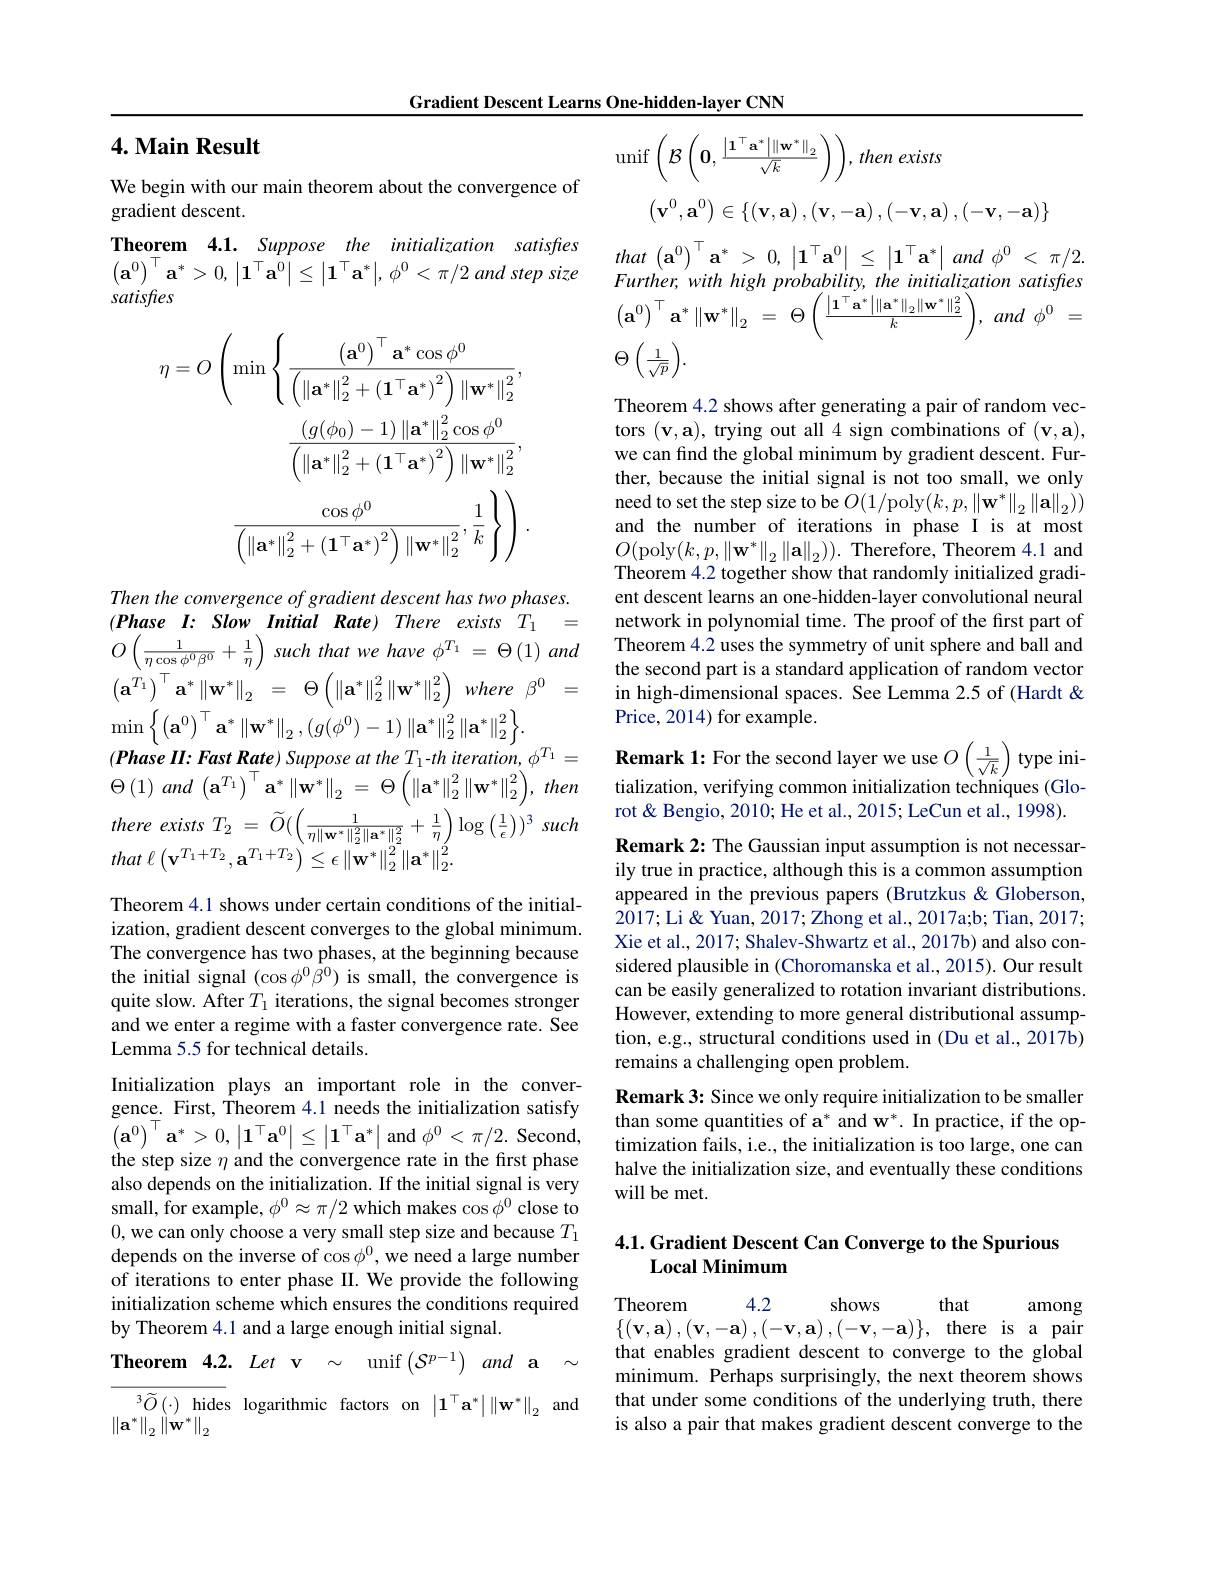
Gradient Descent Learns One-hidden-layer CNN

## 4. Main Result

We begin with our main theorem about the convergence of
gradient descent.
Theorem 4.1. Suppose the initialization satisfes $\left(\mathbf{a}^{0}\right)^{\top}\mathbf{a}^{*}>0,\left|\mathbf{1}^{\top}\mathbf{a}^{0}\right|\leq\left|\mathbf{1}^{\top}\mathbf{a}^{*}\right|,\phi^{0}<\pi/2$ and step size satisfies
$$\eta=O\left(\min\left\{\frac{\left(\mathbf{a}^{0}\right)^{\top}\mathbf{a}^{*}\cos\phi^{0}}{\left(\left\|\mathbf{a}^{*}\right\|_{2}^{2}+\left(\mathbf{1}^{\top}\mathbf{a}^{*}\right)^{2}\right)\left\|\mathbf{w}^{*}\right\|_{2}^{2}},\right.\\\frac{\left(g(\phi_{0})-1\right)\left\|\mathbf{a}^{*}\right\|_{2}^{2}\cos\phi^{0}}{\left(\left\|\mathbf{a}^{*}\right\|_{2}^{2}+\left(\mathbf{1}^{\top}\mathbf{a}^{*}\right)^{2}\right)\left\|\mathbf{w}^{*}\right\|_{2}^{2}},\\\frac{\cos\phi^{0}}{\left(\left\|\mathbf{a}^{*}\right\|_{2}^{2}+\left(\mathbf{1}^{\top}\mathbf{a}^{*}\right)^{2}\right)\left\|\mathbf{w}^{*}\right\|_{2}^{2}},\frac{1}{k}\right\}\Bigg)\:.$$
Then the convergence of gradient descent has two phases. $( Phase$ $I:$ Slow Initial $Rate)$ There exists $T_{1}$ = $O\left ( \frac 1{\eta \cos \phi ^{0}\beta ^{0}}+ \frac 1\eta \right )$ such that $we$ have $\phi ^{T_{1}}$ = $\Theta$ (1) and $\left ( \mathbf{a} ^{\grave{T_{1}} }\right ) ^{\top }\mathbf{a} ^{* }\left \| \mathbf{w} ^{* }\right \| _{2}$ = $\Theta \left ( \left \| \mathbf{a} ^{* }\right \| _{2}^{2}\left \| \mathbf{w} ^{* }\right \| _{2}^{2}\right )$ where $\beta ^{0}$ = $\operatorname*{min}\left\{\left(\mathbf{a}^{0}\right)^{\top}\mathbf{a}^{*}\left\|\mathbf{w}^{*}\right\|_{2},\left(g(\phi^{0})-1\right)\left\|\mathbf{a}^{*}\right\|_{2}^{2}\left\|\mathbf{a}^{*}\right\|_{2}^{2}\right\}.$
$\Theta \left ( 1\right ) and\left ( \mathbf{a} ^{T_{1}}\right ) ^{\top }\mathbf{a} ^{* }\left \| \mathbf{w} ^{* }\right \| _{2}$ = $\Theta \left ( \left \| \mathbf{a} ^{* }\right \| _{2}^{2}\left \| \mathbf{w} ^{* }\right \| _{2}^{2}\right ) $, then there exists $T_{2}$ = $\widetilde{O} ( \left ( \frac 1{\eta \| \mathbf{w} ^{* }\| _{2}^{2}\| \mathbf{a} ^{* }\| _{2}^{2}}+ \frac 1\eta \right ) \log \left ( \frac 1\epsilon \right ) ) ^{3}$ such that $\ell \left ( \mathbf{v} ^{T_{1}+ T_{2}}, \mathbf{a} ^{T_{1}+ T_{2}}\right ) \leq \epsilon$ $\| \mathbf{w} ^{* }\| _{2}^{2}\| \mathbf{a} ^{* }\| _{2}^{2}.$

Theorem 4.1 shows under certain conditions of the initialization, gradient descent converges to the global minimum. The convergence has two phases, at the beginning because the initial signal $(\cos\phi^0\bar{\beta}^0)$ is small, the convergence is quite slow. After $T_1$ iterations, the signal becomes stronger and we enter a regime with a faster convergence rate. See Lemma 5.5 for technical details.
Initialization plays an important role in the convergence. First, Theorem 4.1 needs the initialization satisfy $\left(\mathbf{a}^{0}\right)^{\top}\mathbf{a}^{*}>0,\left|\mathbf{1}^{\top}\mathbf{a}^{0}\right|\leq\left|\mathbf{1}^{\top}\mathbf{a}^{*}\right|$and$\phi^0<\pi/2.$Second, the step size $\eta$ and the convergence rate in the first phase also depends on the initialization. If the initial signal is very small, for example, $\phi^0\approx\pi/2$ which makes cos $\phi^0$ close to 0,we can only choose a very small step size and because $T_1$ depends on the inverse of cos $\phi^0$, we need a large number of iterations to enter phase II. We provide the following initialization scheme which ensures the conditions required by Theorem 4.1 and a large enough initial signal.
Theorem 4.2. Let v $\sim$ unif$\left ( \mathcal{S} ^{p- 1}\right )$ and $\mathbf{a}$ $\sim$
$^3\widetilde{O}\left(\cdot\right)$hides logarithmic factors on $\left|\mathbf{1}^\top\mathbf{a}^*\right|\left\|\mathbf{w}^*\right\|_2$ and
$\left\|\mathbf{a}^{*}\right\|_{2}\left\|\mathbf{w}^{*}\right\|_{2}$
$$\mathrm{unif}\left(\mathcal{B}\left(\mathbf{0},\frac{\left|\mathbf{1}^{\top}\mathbf{a}^{*}\right|\left\|\mathbf{w}^{*}\right\|_{2}}{\sqrt{k}}\right)\right),\:then\:exists$$
$$\begin{pmatrix}\mathbf{v}^0,\mathbf{a}^0\end{pmatrix}\in\{\left(\mathbf{v},\mathbf{a}\right),\left(\mathbf{v},-\mathbf{a}\right),\left(-\mathbf{v},\mathbf{a}\right),\left(-\mathbf{v},-\mathbf{a}\right)\}$$
$that\left ( \mathbf{a} ^{0}\right ) ^{\top }\mathbf{a} ^{* }$ > 0, $\left | \mathbf{1} ^{\top }\mathbf{a} ^{0}\right |$ $\leq$ $\left | \mathbf{1} ^{\top }\mathbf{a} ^{* }\right |$ and $\phi ^{0}$ < $\pi / 2.$ Further, with high probability, the initialization satisfres $\left ( \mathbf{a} ^{0}\right ) ^{\top }\mathbf{a} ^{* }\left \| \mathbf{w} ^{* }\right \| _{2}$ = $\Theta \left ( \frac {\left | \mathbf{1} ^{\top }\mathbf{a} ^{* }\right | \left \| \mathbf{a} ^{* }\right \| _{2}\left \| \mathbf{w} ^{* }\right \| _{2}^{2}}k\right ) $, and $\phi ^{0}$ = $\Theta\left(\frac{1}{\sqrt{p}}\right).$

Theorem 4.2 shows after generating a pair of random vectors $(\mathbf{v},\mathbf{a})$, trying out all 4 sign combinations of $(\mathbf{v},\mathbf{a})$, we can find the global minimum by gradient descent. Further, because the initial signal is not too small, we only need to set the step size to be $O(1/$poly$(k,p,\|\mathbf{w}^*\|_2\|\mathbf{a}\|_2))$ and the number of iterations in phase I is at most $O($poly$(k,p,\|\mathbf{w}^{*}\|_{2}\|\mathbf{a}\|_{2})).$Therefore, Theorem 4.1 and Theorem 4.2 together show that randomly initialized gradient descent learns an one-hidden-layer convolutional neural network in polynomial time. The proof of the first part of Theorem 4.2 uses the symmetry of unit sphere and ball and the second part is a standard application of random vector in high-dimensional spaces. See Lemma 2.5 of (Hardt & Price, 2014) for example.

tialization, verifying common initialization techniques (Glorot & Bengio, 2010; He et al., 2015; LeCun et al., 1998). Remark 2: The Gaussian input assumption is not necessarily true in practice, although this is a common assumption appeared in the previous papers (Brutzkus &Globerson, 2017;Li& Yuan, 2017; Zhong et al., 2017a;b; Tian, 2017; Xie et al., 2017; Shalev-Shwartz et al., 2017b) and also considered plausible in (Choromanska et al., 2015). Our result can be easily generalized to rotation invariant distributions. However, extending to more general distributional assumption, e.g., structural conditions used in (Du et al., 2017b) remains a challenging open problem.
Remark 3: Since we only require initialization to be smaller than some quantities of a* and w*. In practice, if the optimization fails, i.e., the initialization is too large, one can halve the initialization size, and eventually these conditions will be met.

## 4.1. Gradient Descent Can Converge to the Spurious Local Minimum

4.2
Theorem
shows
that
among
$\left \{ \left ( \mathbf{v} , \mathbf{a} \right ) , \left ( \mathbf{v} , - \mathbf{a} \right ) , \left ( - \mathbf{v} , \mathbf{a} \right ) , \left ( - \mathbf{v} , - \mathbf{a} \right ) \right \} $, there is a pair that enables gradient descent to converge to the global minimum. Perhaps surprisingly, the next theorem shows that under some conditions of the underlying truth, there is also a pair that makes gradient descent converge to the